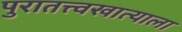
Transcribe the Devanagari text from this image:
पुरातत्त्वखात्याला